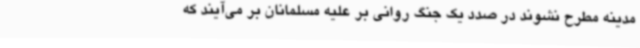
مدینه مطرح نشوند در صدد یک جنگ روانی بر علیه مسلمانان بر می‌آیند که